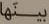
بينها